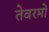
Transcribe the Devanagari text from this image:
तेवरमों